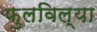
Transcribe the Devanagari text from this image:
फुलविल्या